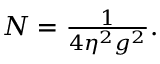
\begin{array} { r } { N = \frac { 1 } { 4 \eta ^ { 2 } g ^ { 2 } } . } \end{array}